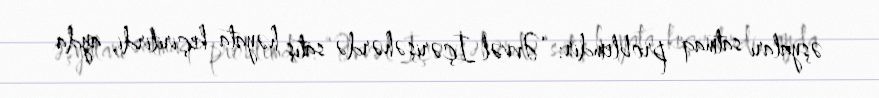
əşyaları satmaq problemdir: “Əvvəl İçərişəhərdə satış həyata keçirilirdi, ayda